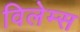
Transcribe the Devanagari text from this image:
विलेम्स